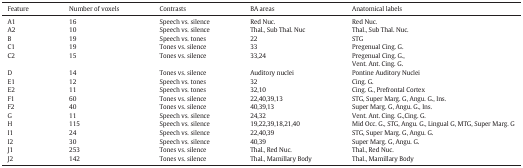
<table><thead><tr><td><b>Feature</b></td><td><b>Number of voxels</b></td><td><b>Contrasts</b></td><td><b>BA areas</b></td><td><b>Anatomical labels</b></td></tr></thead><tbody><tr><td>A1</td><td>16</td><td>Speech vs. silence</td><td>Red Nuc.</td><td>Red Nuc.</td></tr><tr><td>A2</td><td>10</td><td>Speech vs. silence</td><td>Thal., Sub Thal. Nuc</td><td>Thal., Sub Thal. Nuc.</td></tr><tr><td>B</td><td>19</td><td>Speech vs. tones</td><td>22</td><td>STG</td></tr><tr><td>C1</td><td>19</td><td>Tones vs. silence</td><td>33</td><td>Pregenual Cing. G.</td></tr><tr><td>C2</td><td>15</td><td>Tones vs. silence</td><td>33,24</td><td>Pregenual Cing. G.,Vent. Ant. Cing. G.</td></tr><tr><td>D</td><td>14</td><td>Tones vs. silence</td><td>Auditory nuclei</td><td>Pontine Auditory Nuclei</td></tr><tr><td>E1</td><td>12</td><td>Speech vs. tones</td><td>32</td><td>Cing. G.</td></tr><tr><td>E2</td><td>11</td><td>Speech vs. tones</td><td>32,10</td><td>Cing. G., Prefrontal Cortex</td></tr><tr><td>F1</td><td>60</td><td>Tones vs. silence</td><td>22,40,39,13</td><td>STG, Super Marg. G, Angu. G., Ins.</td></tr><tr><td>F2</td><td>40</td><td>Tones vs. silence</td><td>40,39,13</td><td>Super Marg. G, Angu. G., Ins.</td></tr><tr><td>G</td><td>11</td><td>Speech vs. silence</td><td>24,32</td><td>Vent. Ant. Cing. G.,Cing. G.</td></tr><tr><td>H</td><td>115</td><td>Speech vs. silence</td><td>19,22,39,18,21,40</td><td>Mid Occ. G., STG, Angu. G., Lingual G, MTG, Super Marg. G</td></tr><tr><td>I1</td><td>24</td><td>Speech vs. silence</td><td>22,40,39</td><td>STG, Super Marg. G, Angu. G.</td></tr><tr><td>I2</td><td>30</td><td>Speech vs. silence</td><td>40,39</td><td>Super Marg. G, Angu. G.</td></tr><tr><td>J1</td><td>253</td><td>Tones vs. silence</td><td>Thal., Red Nuc.</td><td>Thal., Red Nuc.</td></tr><tr><td>J2</td><td>142</td><td>Tones vs. silence</td><td>Thal., Mamillary Body</td><td>Thal., Mamillary Body</td></tr></tbody></table>